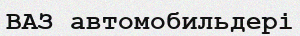
ВАЗ автомобильдері